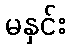
မနှင်း